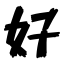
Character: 好